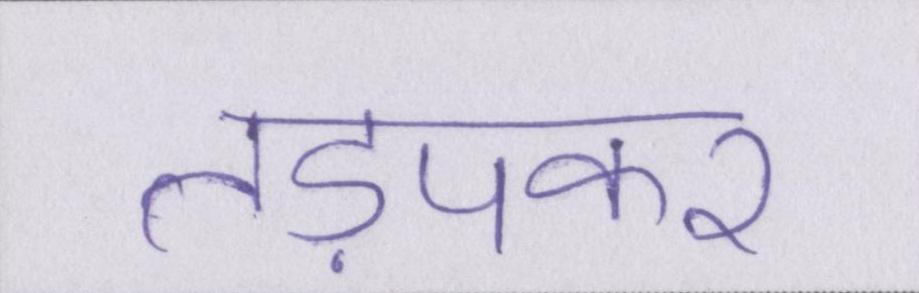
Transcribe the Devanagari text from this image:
तड़पकर